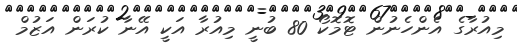
މިއުރާގެ އެންހެނުން ޓޮމޮކޯ 80 ބުނީ މިއުރާ އަކީ އޭނާ ކުރަން އަޒުމް